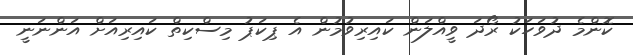
ކޮންމެ ދުވަހަކު ރޯދަ ވީއްލަން ކައިރިވުމުން އެ ޕިކަޕު މިސްކިތް ކައިރިއަށް އަންނަނީ